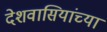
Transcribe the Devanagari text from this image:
देशवासियांच्या